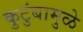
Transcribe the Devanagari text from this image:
कुटुंबामुळे